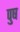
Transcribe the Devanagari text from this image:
पुष